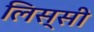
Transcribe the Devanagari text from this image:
लिस्सी